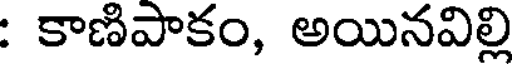
: కాణిపాకం, అయినవిల్లి